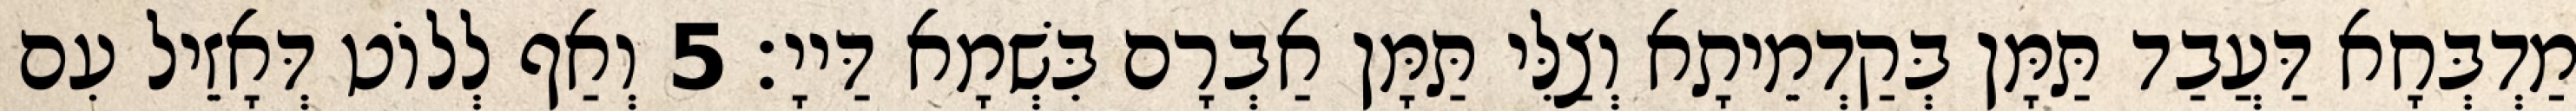
מַדְבְּחָא דַּעֲבַד תַּמָּן בְּקַדְמֵיתָא וְצַלִּי תַּמָּן אַבְרָם בִּשְׁמָא דַּייָ׃ 5 וְאַף לְלוֹט דְּאָזֵיל עִם